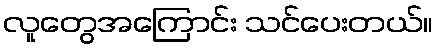
လူတွေအကြောင်း သင်ပေးတယ်။